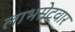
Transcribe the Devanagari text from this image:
लाभसेटवार